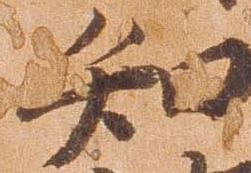
知